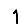
Digit: 1